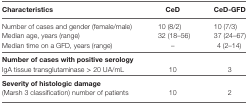
<table><thead><tr><td><b>Characteristics</b></td><td><b>CeD</b></td><td><b>CeD-GFD</b></td></tr></thead><tbody><tr><td>Number of cases and gender (female/male)</td><td>10 (8/2)</td><td>10 (7/3)</td></tr><tr><td>Median age, years (range)</td><td>32 (18–56)</td><td>37 (24–67)</td></tr><tr><td>Median time on a GFD, years (range)</td><td>–</td><td>4 (2–14)</td></tr><tr><td colspan="3"><b>Number of cases with positive serology</b></td></tr><tr><td>IgA tissue transglutaminase &gt; 20 UA/mL</td><td>10</td><td>3</td></tr><tr><td colspan="3"><b>Severity of histologic damage</b></td></tr><tr><td>(Marsh 3 classification) number of patients</td><td>10</td><td>2</td></tr></tbody></table>